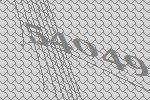
54049